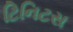
ટિનિટસ